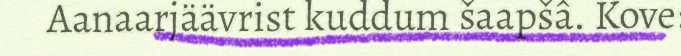
Aanaarjäävrist kuddum šaapšâ. Kove: